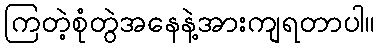
ကြတဲ့စုံတွဲအနေနဲ့အားကျရတာပါ။